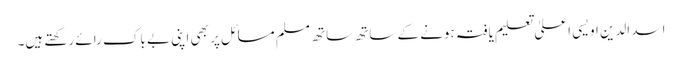
اسد الدین اویسی اعلیٰ تعلیم یافتہ ہونے کے ساتھ ساتھ مسلم مسائل پر بھی اپنی بے باک رائے رکھتے ہیں۔